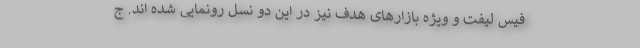
فیس لیفت و ویژه بازارهای هدف نیز در این دو نسل رونمایی شده اند. ج